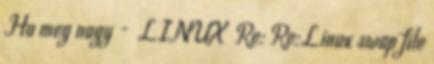
Ha meg nagy - LINUX Re: Re:Linux swap file